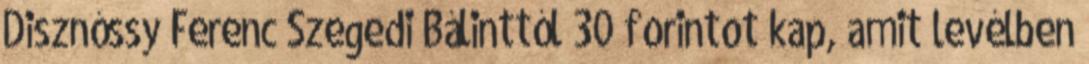
Disznóssy Ferenc Szegedi Bálinttól 30 forintot kap, amit levélben